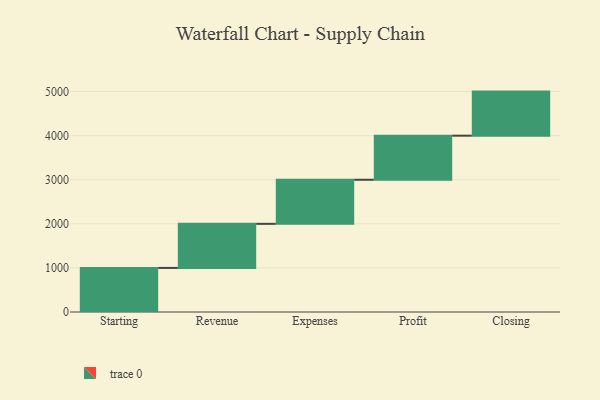
{"axis": {"x": "Step", "y": "Value"}, "legend": [""], "data": [{"x": "Starting", "y": 1000, "type": ""}, {"x": "Revenue", "y": 1000, "type": ""}, {"x": "Expenses", "y": 1000, "type": ""}, {"x": "Profit", "y": 1000, "type": ""}, {"x": "Closing", "y": 1000, "type": ""}]}